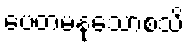
ပေတမနုသောစသိ